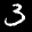
Label: 3